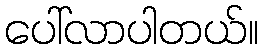
ပေါ်လာပါတယ်။